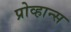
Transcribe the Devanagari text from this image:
प्रोव्हान्स